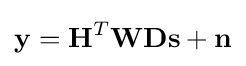
\mathbf {y} =\mathbf {H} ^{T}\mathbf {W} \mathbf {D} \mathbf {s} +\mathbf {n}